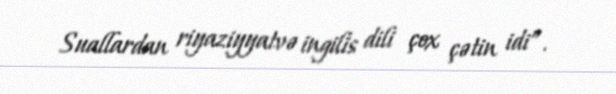
Suallardan riyaziyyatvə ingilis dili çox çətin idi”.